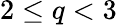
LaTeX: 2\leq q<3